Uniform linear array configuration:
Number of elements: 64
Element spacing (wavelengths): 1
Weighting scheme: uniform
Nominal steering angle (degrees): -15
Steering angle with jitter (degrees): -16.769
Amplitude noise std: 0.05
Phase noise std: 0.05

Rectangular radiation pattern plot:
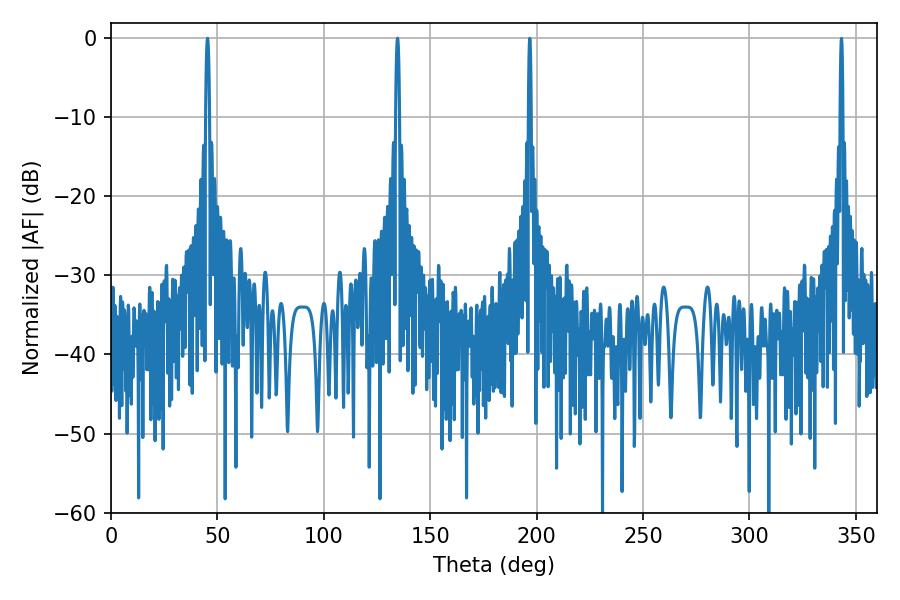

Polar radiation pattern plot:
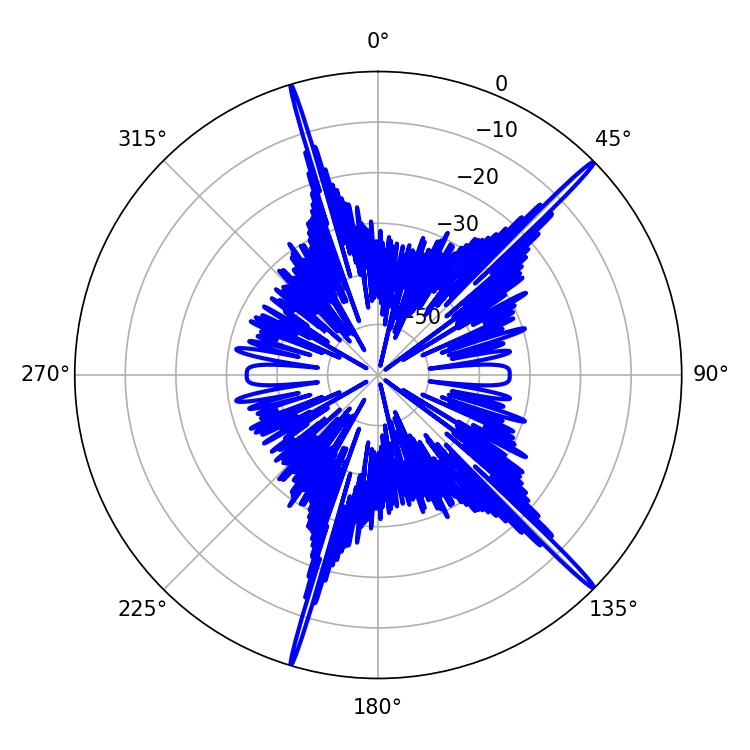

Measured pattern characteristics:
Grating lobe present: TRUE
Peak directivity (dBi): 19.564
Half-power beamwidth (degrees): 1.08
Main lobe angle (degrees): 134.64